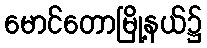
မောင်တောမြို့နယ်၌